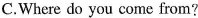
C.Where do you come from?